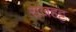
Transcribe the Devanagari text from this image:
राजहट्ट